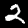
Label: 2